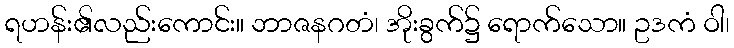
ရဟန်း၏လည်းကောင်း။ ဘာဇနဂတံ၊ အိုးခွက်၌ ရောက်သော။ ဥဒကံ ဝါ၊